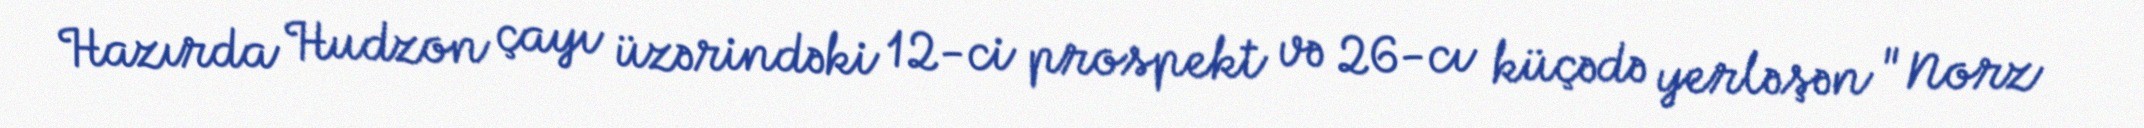
Hazırda Hudzon çayı üzərindəki 12-ci prospekt və 26-cı küçədə yerləşən "Norz